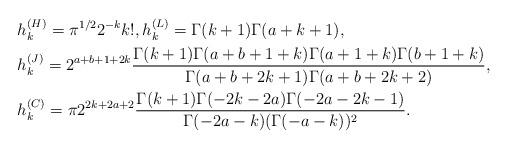
LaTeX: \begin{align*}&h_k^{(H)}=\pi^{1/2}2^{-k}k!,h_k^{(L)}=\Gamma(k+1)\Gamma(a+k+1),\\&h_k^{(J)}=2^{a+b+1+2k}\frac{\Gamma(k+1)\Gamma(a+b+1+k)\Gamma(a+1+k)\Gamma(b+1+k)}{\Gamma(a+b+2k+1)\Gamma(a+b+2k+2)},\\&h_k^{(C)}=\pi 2^{2k+2a+2}\frac{\Gamma(k+1)\Gamma(-2k-2a)\Gamma(-2a-2k-1)}{\Gamma(-2a-k)(\Gamma(-a-k))^2}.\end{align*}